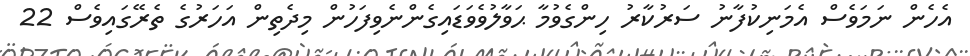
އެހެން ނަމަވެސް އެމަނިކުފާނު ސަރުކާރު ހިންގެވުމާ ޙަވާލުވެވަޑައިގެންނެވިފަހުން މިދެތިން އަހަރުގެ ތެރޭގައިވެސް 22